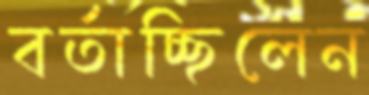
বর্তাচ্ছিলেন